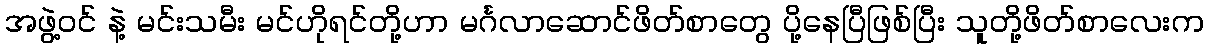
အဖွဲ့ဝင် နဲ့ မင်းသမီး မင်ဟိုရင်တို့ဟာ မင်္ဂလာဆောင်ဖိတ်စာတွေ ပို့နေပြီဖြစ်ပြီး သူတို့ဖိတ်စာလေးက